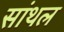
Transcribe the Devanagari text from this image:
सांथल